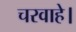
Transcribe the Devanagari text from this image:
चरवाहे।